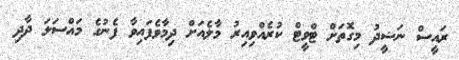
ރައީސް ނަޝީދު މިގޮތަށް ޓްވީޓް ކުރެއްވިއިރު މާލެއަށް ދިމާވެފައިވާ ފެނުގެ މައްސަލަ ދާދި